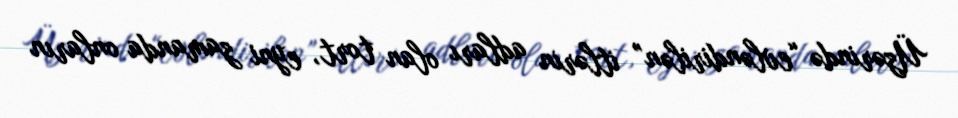
Üzərində “evləndirilən” itlərin adları olan tort, eyni zamanda onların